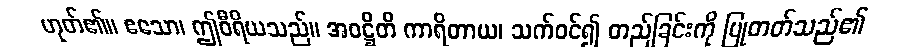
ဟုတ်၏။ ဧသော၊ ဤဝီရိယသည်။ အဝဋ္ဌိတိ ကာရိတာယ၊ သက်ဝင်၍ တည်ခြင်းကို ပြုတတ်သည်၏